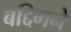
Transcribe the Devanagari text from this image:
बद्दिगने